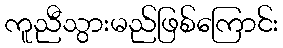
ကူညီသွားမည်ဖြစ်ကြောင်း